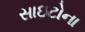
સાઇટોના